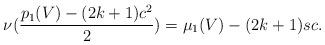
LaTeX: \begin{align*}\nu(\frac{p_1(V)-(2k+1)c^2}{2})=\mu_1(V)-(2k+1)sc.\end{align*}